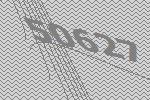
50627